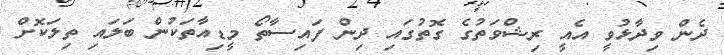
ދެން ވިދާޅުވީ އެއީ ރިޝްވަތުގެ ގޮތުގައި ދިން ފައިސާތޯ މީޑިއާތަކުން ބަލައި ތިލަކޮށް